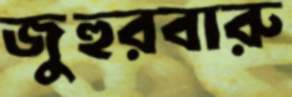
জুহুরবারু